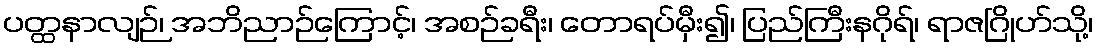
ပတ္ထနာလျဉ်၊ အဘိညာဉ်ကြောင့်၊ အစဉ်ခရီး၊ တောရပ်မှီး၍၊ ပြည်ကြီးနဂိုရ်၊ ရာဇဂြိုဟ်သို့၊